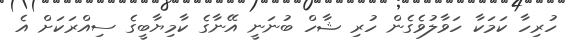
ހުރިހާ ކަމަކާ ހަވާލުވެގެން ހުރި ޝާހް ބުނަނީ އޭނާގެ ކާމިޔާބީގެ ސިއްރަކަށް އެ